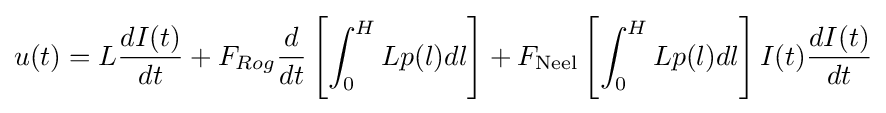
u(t)=L{\frac {dI(t)}{dt}}+F_{Rog}{\frac {d}{dt}}\left[\int _{0}^{H}Lp(l)dl\right]+F_{\text{Neel}}\left[\int _{0}^{H}Lp(l)dl\right]I(t){\frac {dI(t)}{dt}}